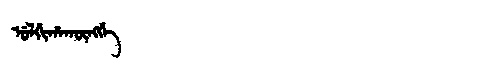
Manchu: ᡠᠯᡤᡳᡥᠠᡴᡡᠩᡤᡝ
Romanization: ULGIHAKŪNGGE